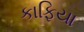
કાફિયા